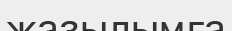
жазылымға